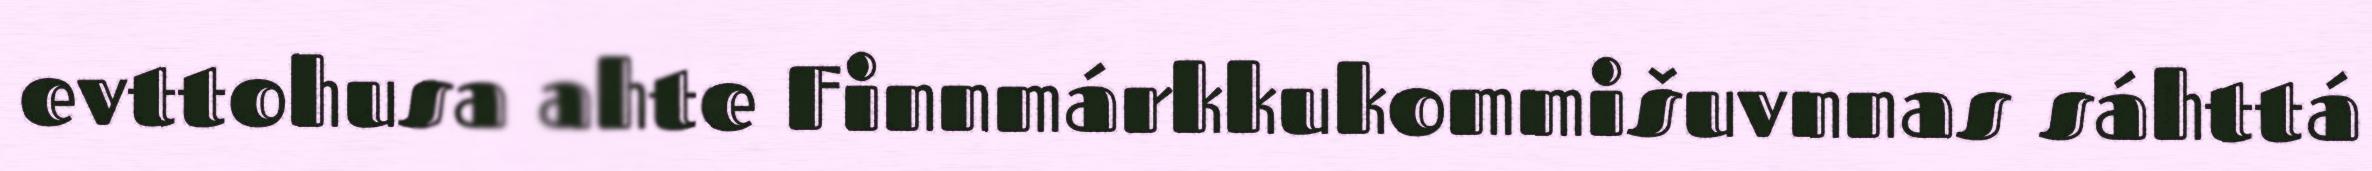
evttohusa ahte Finnmárkkukommišuvnnas sáhttá